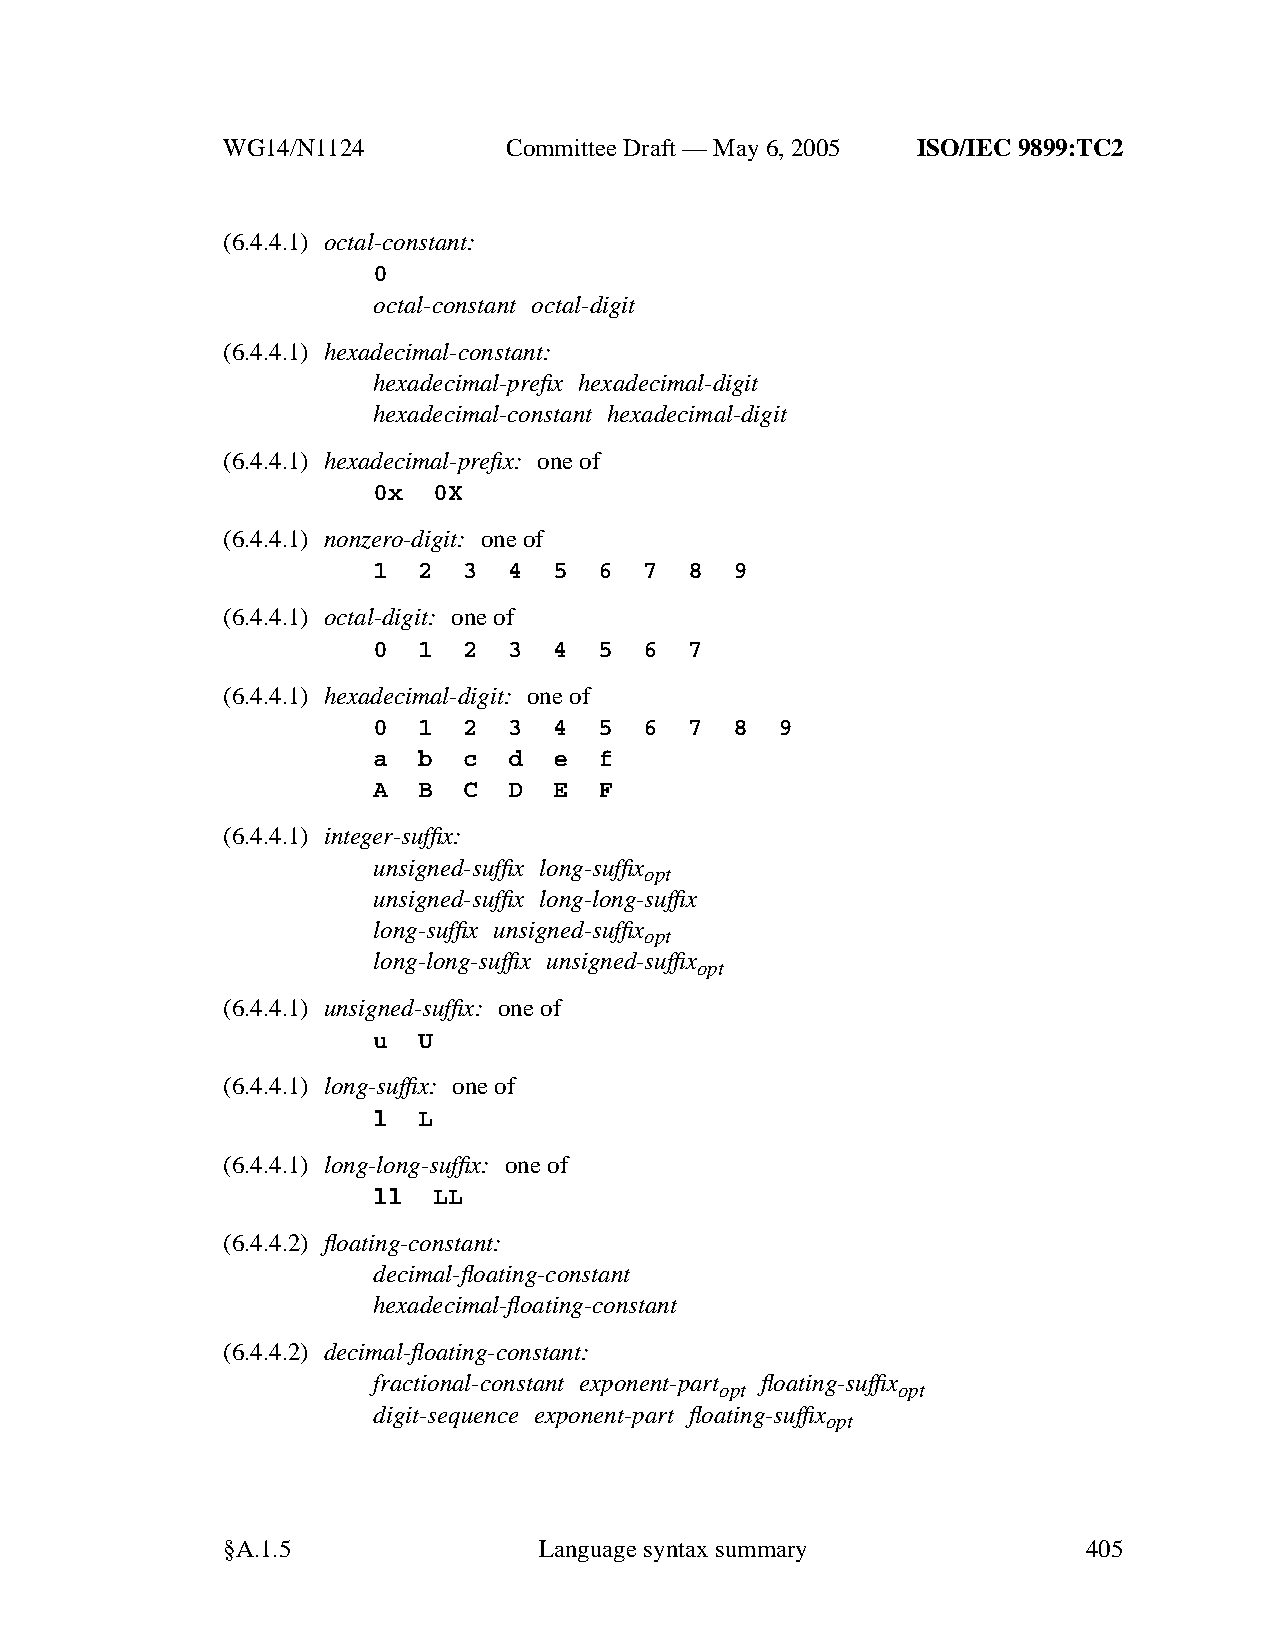
WG14/N1124        CommitteeDraft — May 6, 2005 ISO/IEC 9899:TC2
 (6.4.4.1) octal-constant:
 0
 octal-constant octal-digit
 (6.4.4.1) hexadecimal-constant:
 hexadecimal-prefix hexadecimal-digit
 hexadecimal-constant hexadecimal-digit
 (6.4.4.1) hexadecimal-prefix: one of
 0x  0X
 (6.4.4.1) nonzero-digit: one of
 1  2  3  4  5  6  7  8  9
 (6.4.4.1) octal-digit: one of
 0  1  2  3  4  5  6  7
 (6.4.4.1) hexadecimal-digit: one of
 0  1  2  3  4  5  6  7  8  9
 a  b  c  d  e  f
 A  B  C  D  E  F
 (6.4.4.1) integer-suffix:
 unsigned-suffix long-suffix
 opt
 unsigned-suffix long-long-suffix
 long-suffix unsigned-suffix
 opt
 long-long-suffix unsigned-suffix
 opt
 (6.4.4.1) unsigned-suffix: one of
 u  U
 (6.4.4.1) long-suffix: one of
 l  L
 (6.4.4.1) long-long-suffix: one of
 ll  LL
 (6.4.4.2) floating-constant:
 decimal-floating-constant
 hexadecimal-floating-constant
 (6.4.4.2) decimal-floating-constant:
 fractional-constant exponent-part floating-suffix
 opt        opt
 digit-sequence exponent-part floating-suffix
 opt
 §A.1.5               Languagesyntax summary              405